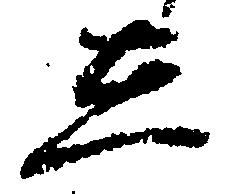
し